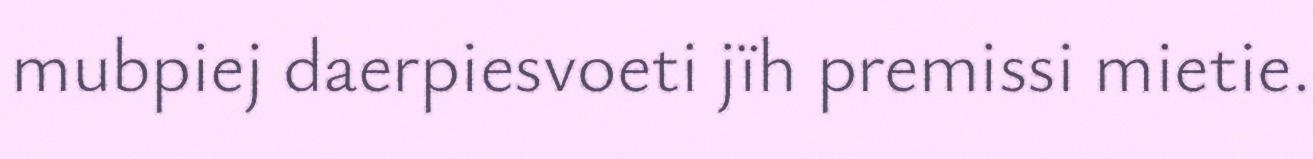
mubpiej daerpiesvoeti jïh premissi mietie.